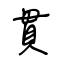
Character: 貫